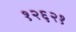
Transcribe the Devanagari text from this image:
१२६२१